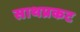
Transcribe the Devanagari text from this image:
साथप्रकट